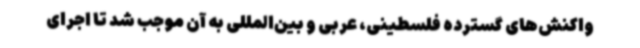
واکنش‌های گسترده فلسطینی، عربی و بین‌المللی به آن موجب شد تا اجرای